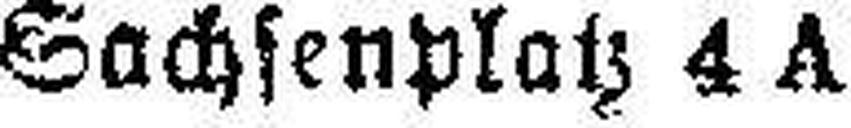
Sachsenplatz 4 A